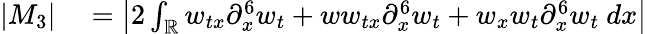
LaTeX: \begin{array}{rl}{|M_{3}|}&{{}=\left|2\int_{\mathbb R}w_{tx}\partial_{x}^{6}w_{t}+ww_{tx}\partial_{x}^{6}w_{t}+w_{x}w_{t}\partial_{x}^{6}w_{t}\ dx\right|}\end{array}